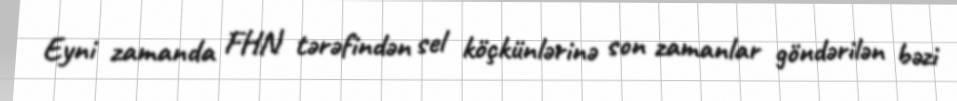
Eyni zamanda FHN tərəfindən sel köçkünlərinə son zamanlar göndərilən bəzi